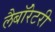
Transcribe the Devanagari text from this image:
लैबॉरेटरी